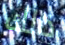
ذالك